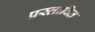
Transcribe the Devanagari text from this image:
प्रस्‍तावित